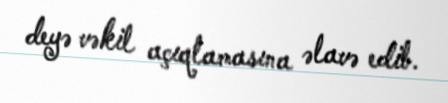
deyə vəkil açıqlamasına əlavə edib.